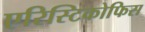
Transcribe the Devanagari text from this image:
एरिस्टिकोफिस